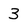
Character: 3